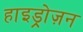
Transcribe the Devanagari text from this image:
हाइड्रोज़न